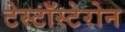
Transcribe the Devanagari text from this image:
टेस्टॉस्टेरोन